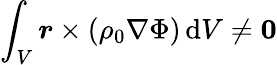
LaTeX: \int_{V}\boldsymbol{r}\times(\rho_{0}\nabla\Phi)\, \mathrm{d}V\neq\boldsymbol{0}